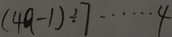
( 4 a - 1 ) \div 7 \cdots 4